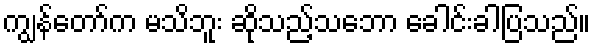
ကျွန်တော်က မသိဘူး ဆိုသည့်သဘော ခေါင်းခါပြသည်။